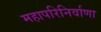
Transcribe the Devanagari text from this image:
महापरिनिर्वाणा